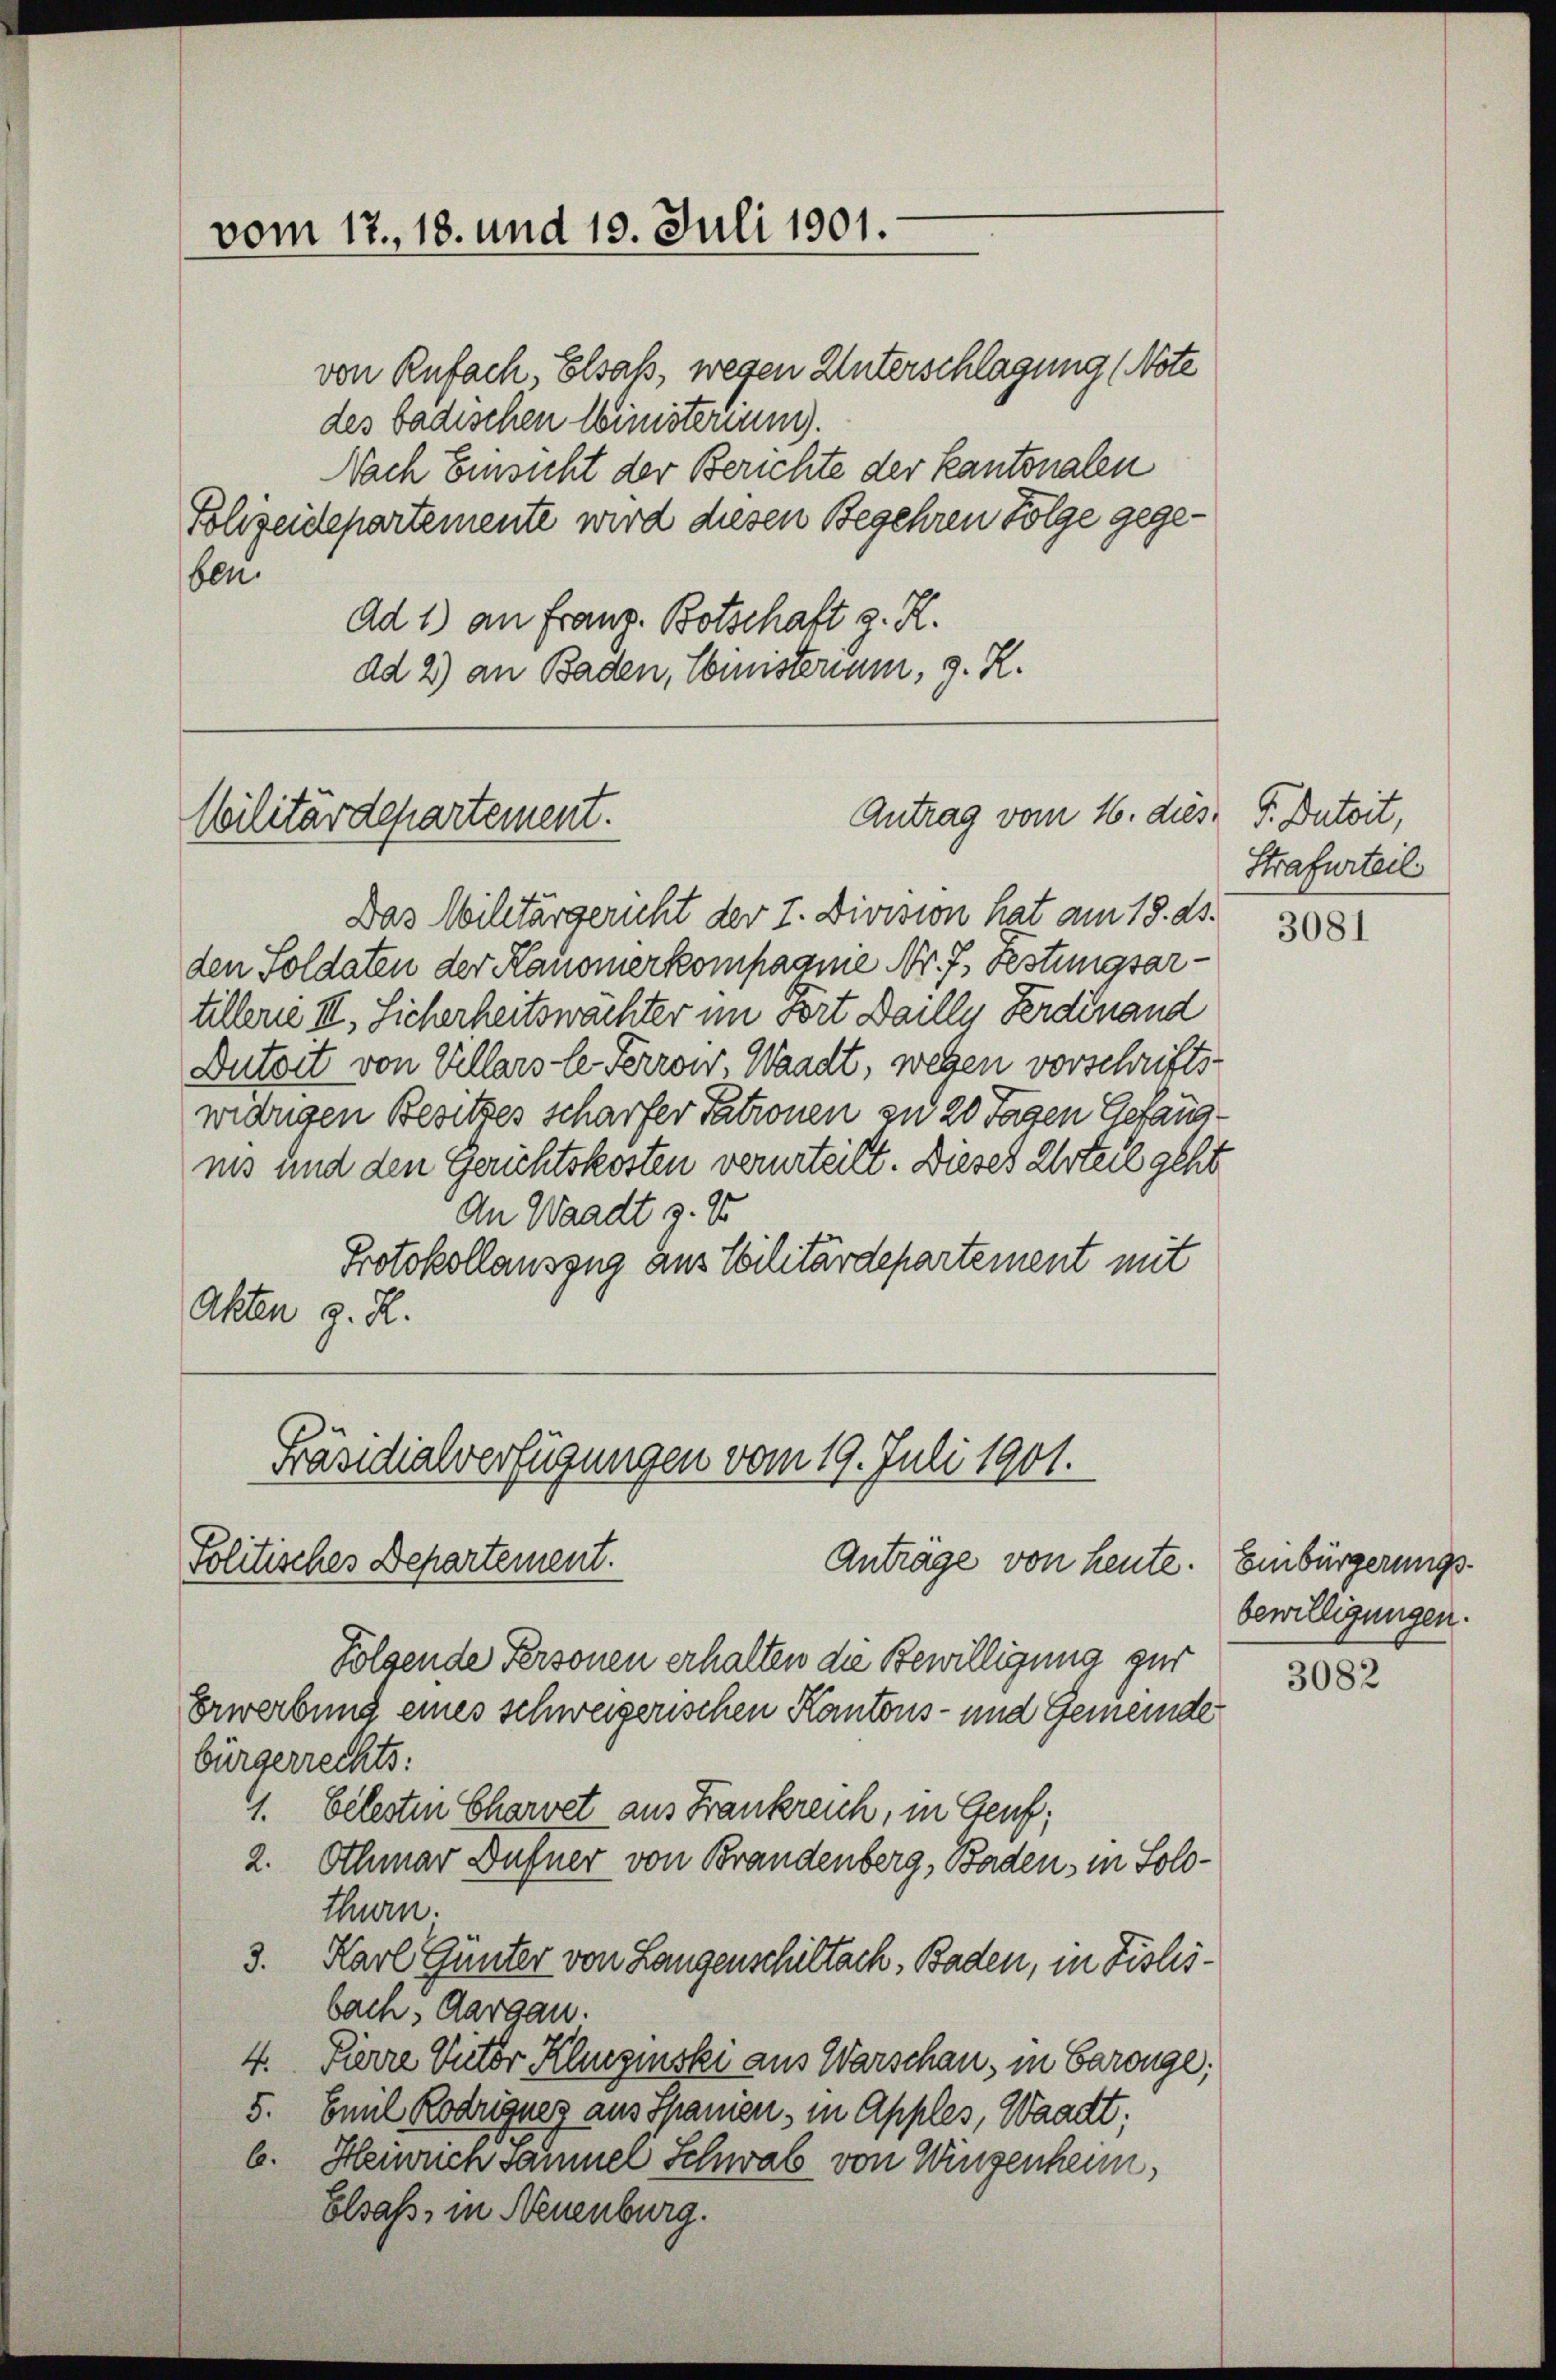
Cilitärdepartement.

vom 17. 18. und 19. Juli 1901.

ben
Ad 1) an Franz. Botschaft z. R.
ad 2) an Baden, Comisterium, z. R.

von Rufach, Elsaß, wegen Unterschlagung (Note
des badischen Winisterium).
Nach Einsicht der Berichte der Kantonalen
Folizeidepartemente wird diesen Begehren Folge gege¬

Das Militärgericht der I. Division hat am 18. ds.
den Soldaten der Kanonerkompagnie Nr. 7. Festungsartillene III., Sicherheitswächter im Fort Daille Ferdinand
Dutoit von Kellars le Perrow, Waadt, wegen vorschrifts
widrigen Besitzes scharfer Patronen zu 20 Tagen Gefängiis und den Gerichtskosten verurteilt. Dieses Urteil geht
An Waadt z. 15
Protokollauszug aus teilitärdepartement mit
Akten z. R.

Antrag vom 16. dies P. Butoit,

Präsidialverfügungen vom 19. Juli 1901.
Politisches Departement.
Anträge von heute. Einbürgerungs¬

Folgende Personen erhalten die Bewilligung zur
Erwerbung eines schweizerischen Kantons- und Gemeinde
bürgerrechts:
1. belesten Charvet aus Frankreich, in Genf;
2. Othmar Dufner von Brandenberg, Baden, in Solothurn.
3. Karl Günter von Langenschiltack, Baden, in Fislisbach, Aargau.
4. Pierre Victor Kluszinski aus Warschau, in Baronge;
5. Emil Rodrigues aus Spanien, in Apples, Waadt;
b. Heinrien sammel Schwab von Wiegenheim,
Elsaß, in Neuenburg.

Strafurteil

3081

bewilligungen.

3082